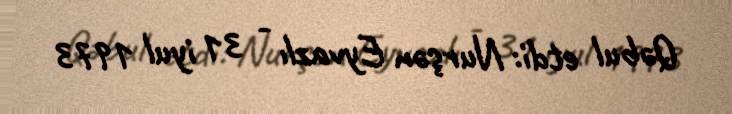
Qəbul etdi: Nurşən Eyvazlı - 31 iyul 1973